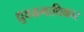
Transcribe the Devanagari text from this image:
ध्रुवभ्रमाधिकार